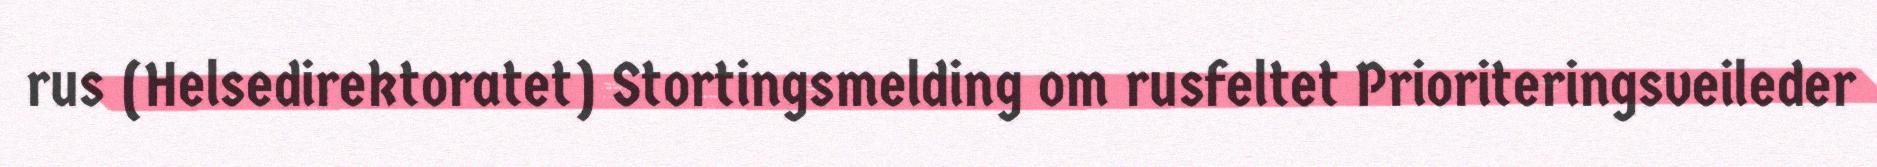
rus (Helsedirektoratet) Stortingsmelding om rusfeltet Prioriteringsveileder